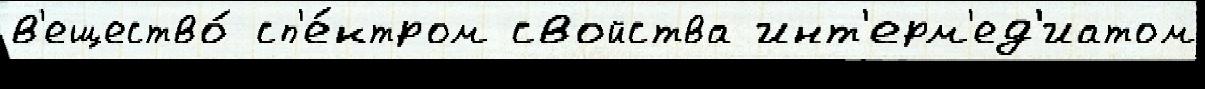
в'ещество́ сп'е́ктром свойства инт'ерм'ед'иатом